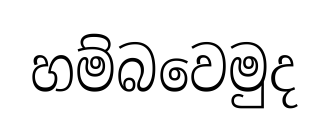
හම්බවෙමුද